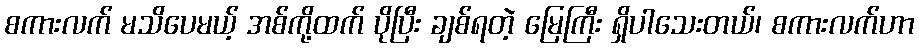
စကားလက် မသိပေမယ့် အစ်ကို့ထက် ပိုပြီး ချစ်ရတဲ့ မြေကြီး ရှိပါသေးတယ်၊ စကားလက်ဟာ